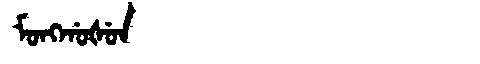
Manchu: ᠮᠣᠩᡤᠣᡧᡠᠨ
Romanization: MONGGOŠUN